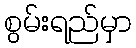
စွမ်းရည်မှာ